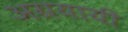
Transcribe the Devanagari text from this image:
अग्रयायी